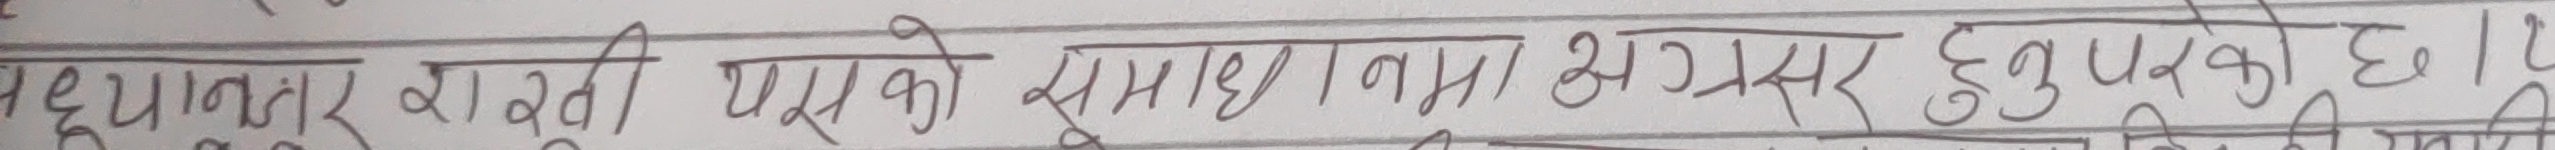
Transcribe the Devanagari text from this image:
अध्याव तर राखी यसको समाधानमा अग्रसर हुनुपर्छ ।